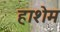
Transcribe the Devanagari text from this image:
हाशेम